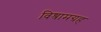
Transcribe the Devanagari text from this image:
विश्रामग्रह